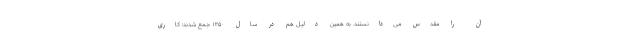
آن را مقدس می‌دانستند. به همین دلیل هم در سال ۱۳۵۰ جمع شدند؛ کاری